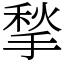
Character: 揫